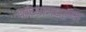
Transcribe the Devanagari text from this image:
यांच्यामधल्या